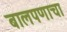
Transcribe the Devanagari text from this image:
बालपणाचा